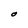
Character: O